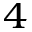
^ 4